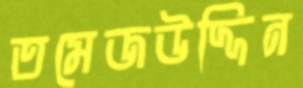
তমেজউদ্দিন